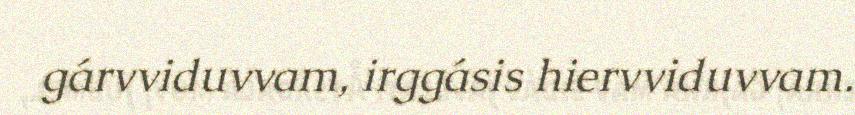
gárvviduvvam, irggásis hiervviduvvam.